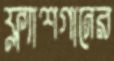
ফ্ল্যাশগানের